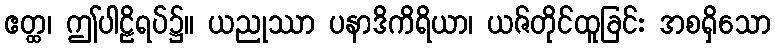
ဧတ္ထ၊ ဤပါဠိရပ်၌။ ယညုဿာ ပနာဒိကိရိယာ၊ ယဇ်တိုင်ထူခြင်း အစရှိသော